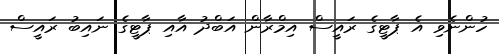
ހުންނެވި އެ ޕާޓީގެ ރައީސް އިމްރާން އަބްދު އާއި ޕާޓީގެ ނައިބު ރައީސް